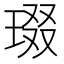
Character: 𱯇